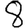
Digit: 8